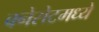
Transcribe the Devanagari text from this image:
क्नेसेटमध्ये